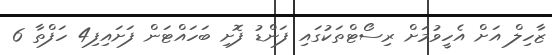
ޒާހިލް އަށް އެހީވުމަށް ރިސޯޓްތަކުގައި ފަންޑު ފޮށި ބަހައްޓަން ފަށައިފި4 ހަފްތާ 6